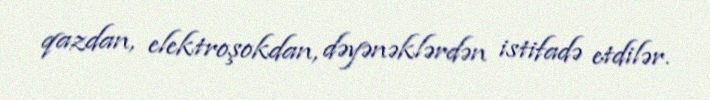
qazdan, elektroşokdan, dəyənəklərdən istifadə etdilər.